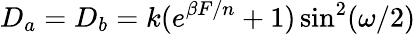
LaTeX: D_{a}=D_{b}=k(e^{\beta F/n}+1)\sin^{2}(\omega/2)